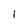
Character: l